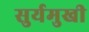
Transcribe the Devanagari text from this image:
सुर्यमुखी